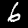
Digit: 6